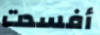
أفسدت